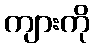
ကျားကို